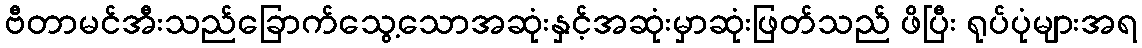
ဗီတာမင်အီးသည်ခြောက်သွေ့သောအဆုံးနှင့်အဆုံးမှာဆုံးဖြတ်သည် ဖိပြီး ရုပ်ပုံများအရ